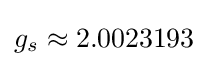
g_{s}\approx 2.0023193